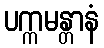
ပက္ကမန္တာနံ